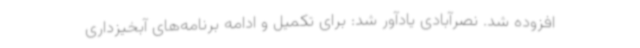
افزوده شد. نصرآبادی یادآور شد: برای تکمیل و ادامه برنامه‌های آبخیزداری